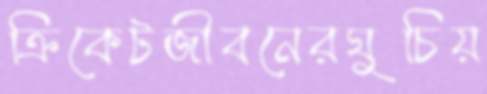
ক্রিকেটজীবনেরঘুচিয়